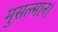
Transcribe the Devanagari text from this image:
मुसल्मान।